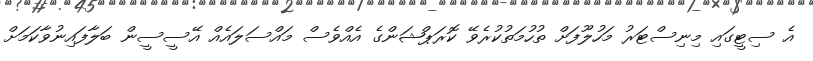
އެ ސިޓީގައި މިނިސްޓަރު މަހުލޫފަށް ތުހުމަތުކުރެވޭ ކޮރަޕްޝަންގެ އެއްވެސް މައްސަލައެއް އޭސީސީން ބަލާފައިނުވާކަމަށް